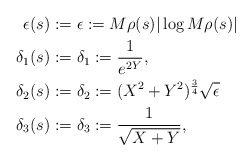
\begin{align*} \epsilon(s) &:= \epsilon := M\rho (s) |\log M\rho (s)| \\ \delta_1 (s) &:= \delta_1 := \frac{1}{e^{2Y}} ,\\ \delta_2 (s) &:= \delta_2 := (X^2+Y^2)^{\frac{3}{4}} \sqrt{\epsilon} \\ \delta_3 (s) &:= \delta_3 := \frac{1}{\sqrt{X + Y}},\end{align*}